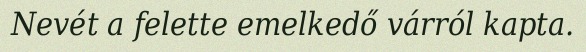
Nevét a felette emelkedő várról kapta.